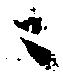
ニ